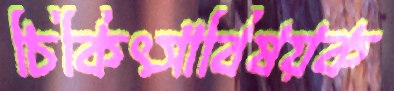
চিকিৎসাবিষয়ক